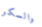
والسكر